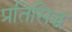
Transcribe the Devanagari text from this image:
प्रतिसिद्ध